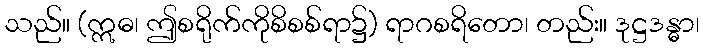
သည်။ (ဣဓ၊ ဤစရိုက်ကိုစိစစ်ရာ၌) ရာဂစရိတော၊ တည်း။ ဒုဋ္ဌဒန္ဓာ၊